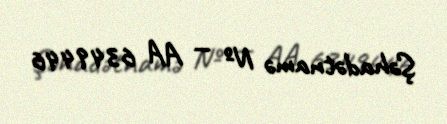
Şəhadətnamə № — AA 6349446